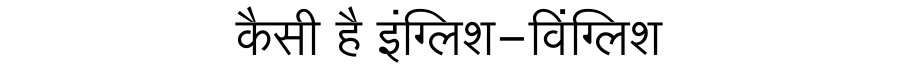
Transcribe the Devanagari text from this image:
कैसी है इंग्लिश-विंग्लिश